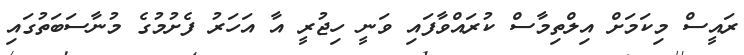
ރައީސް މިކަމަށް އިލްތިމާސް ކުރައްވާފައި ވަނީ ހިޖުރީ އާ އަހަރު ފެށުމުގެ މުނާސަބަތުގައި